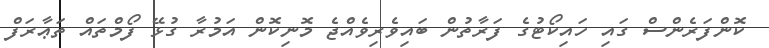
ކޮންފަރެންސް ގައި ހައިކޯޓުގެ ފަރާތުން ބައިވެރިވެއްޖެ މޮނިކޮން އަމުރާ ގުޅޭ ފޯމްތައް ތަޢާރަފް